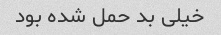
خیلی بد حمل شده بود